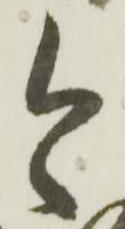
今